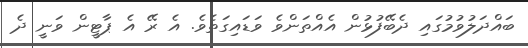
ބައްދަލުވުމުގައި ދެބޭފުޅުން އެއްތަންވެ ވަޑައިގަތެވެ. އެ ރޭ އެ ޕާޓީން ވަނީ ދެ